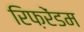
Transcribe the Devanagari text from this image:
रिफ़रेंडम